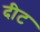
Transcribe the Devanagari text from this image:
दीट